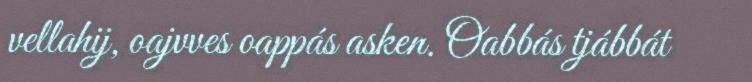
vellahij, oajvves oappás asken. Oabbás tjábbát